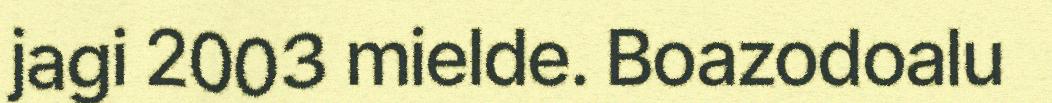
jagi 2003 mielde. Boazodoalu